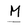
Character: M